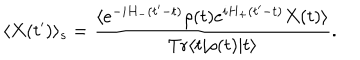
\langle X ( t ^ { \prime } ) \rangle _ { s } = \frac { \langle e ^ { - i H _ { - } ( t ^ { \prime } - t ) } \rho ( t ) e ^ { i H _ { + } ( t ^ { \prime } - t ) } X ( t ) \rangle } { \mathrm { T r } \langle t | \rho ( t ) | t \rangle } .